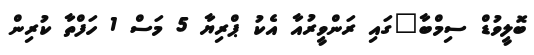
ބޮލީވުޑް ސިމްބާ"ގައި ރަންވީރުއާ އެކު ޕްރިޔާ 5 މަސް 1 ހަފްތާ ކުރިން